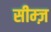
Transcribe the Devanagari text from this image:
सीम्ज़